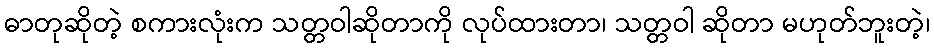
ဓာတုဆိုတဲ့ စကားလုံးက သတ္တဝါဆိုတာကို လုပ်ထားတာ၊ သတ္တဝါ ဆိုတာ မဟုတ်ဘူးတဲ့၊